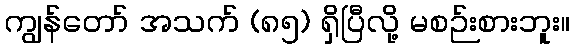
ကျွန်တော် အသက် (၈၅) ရှိပြီလို့ မစဉ်းစားဘူး။